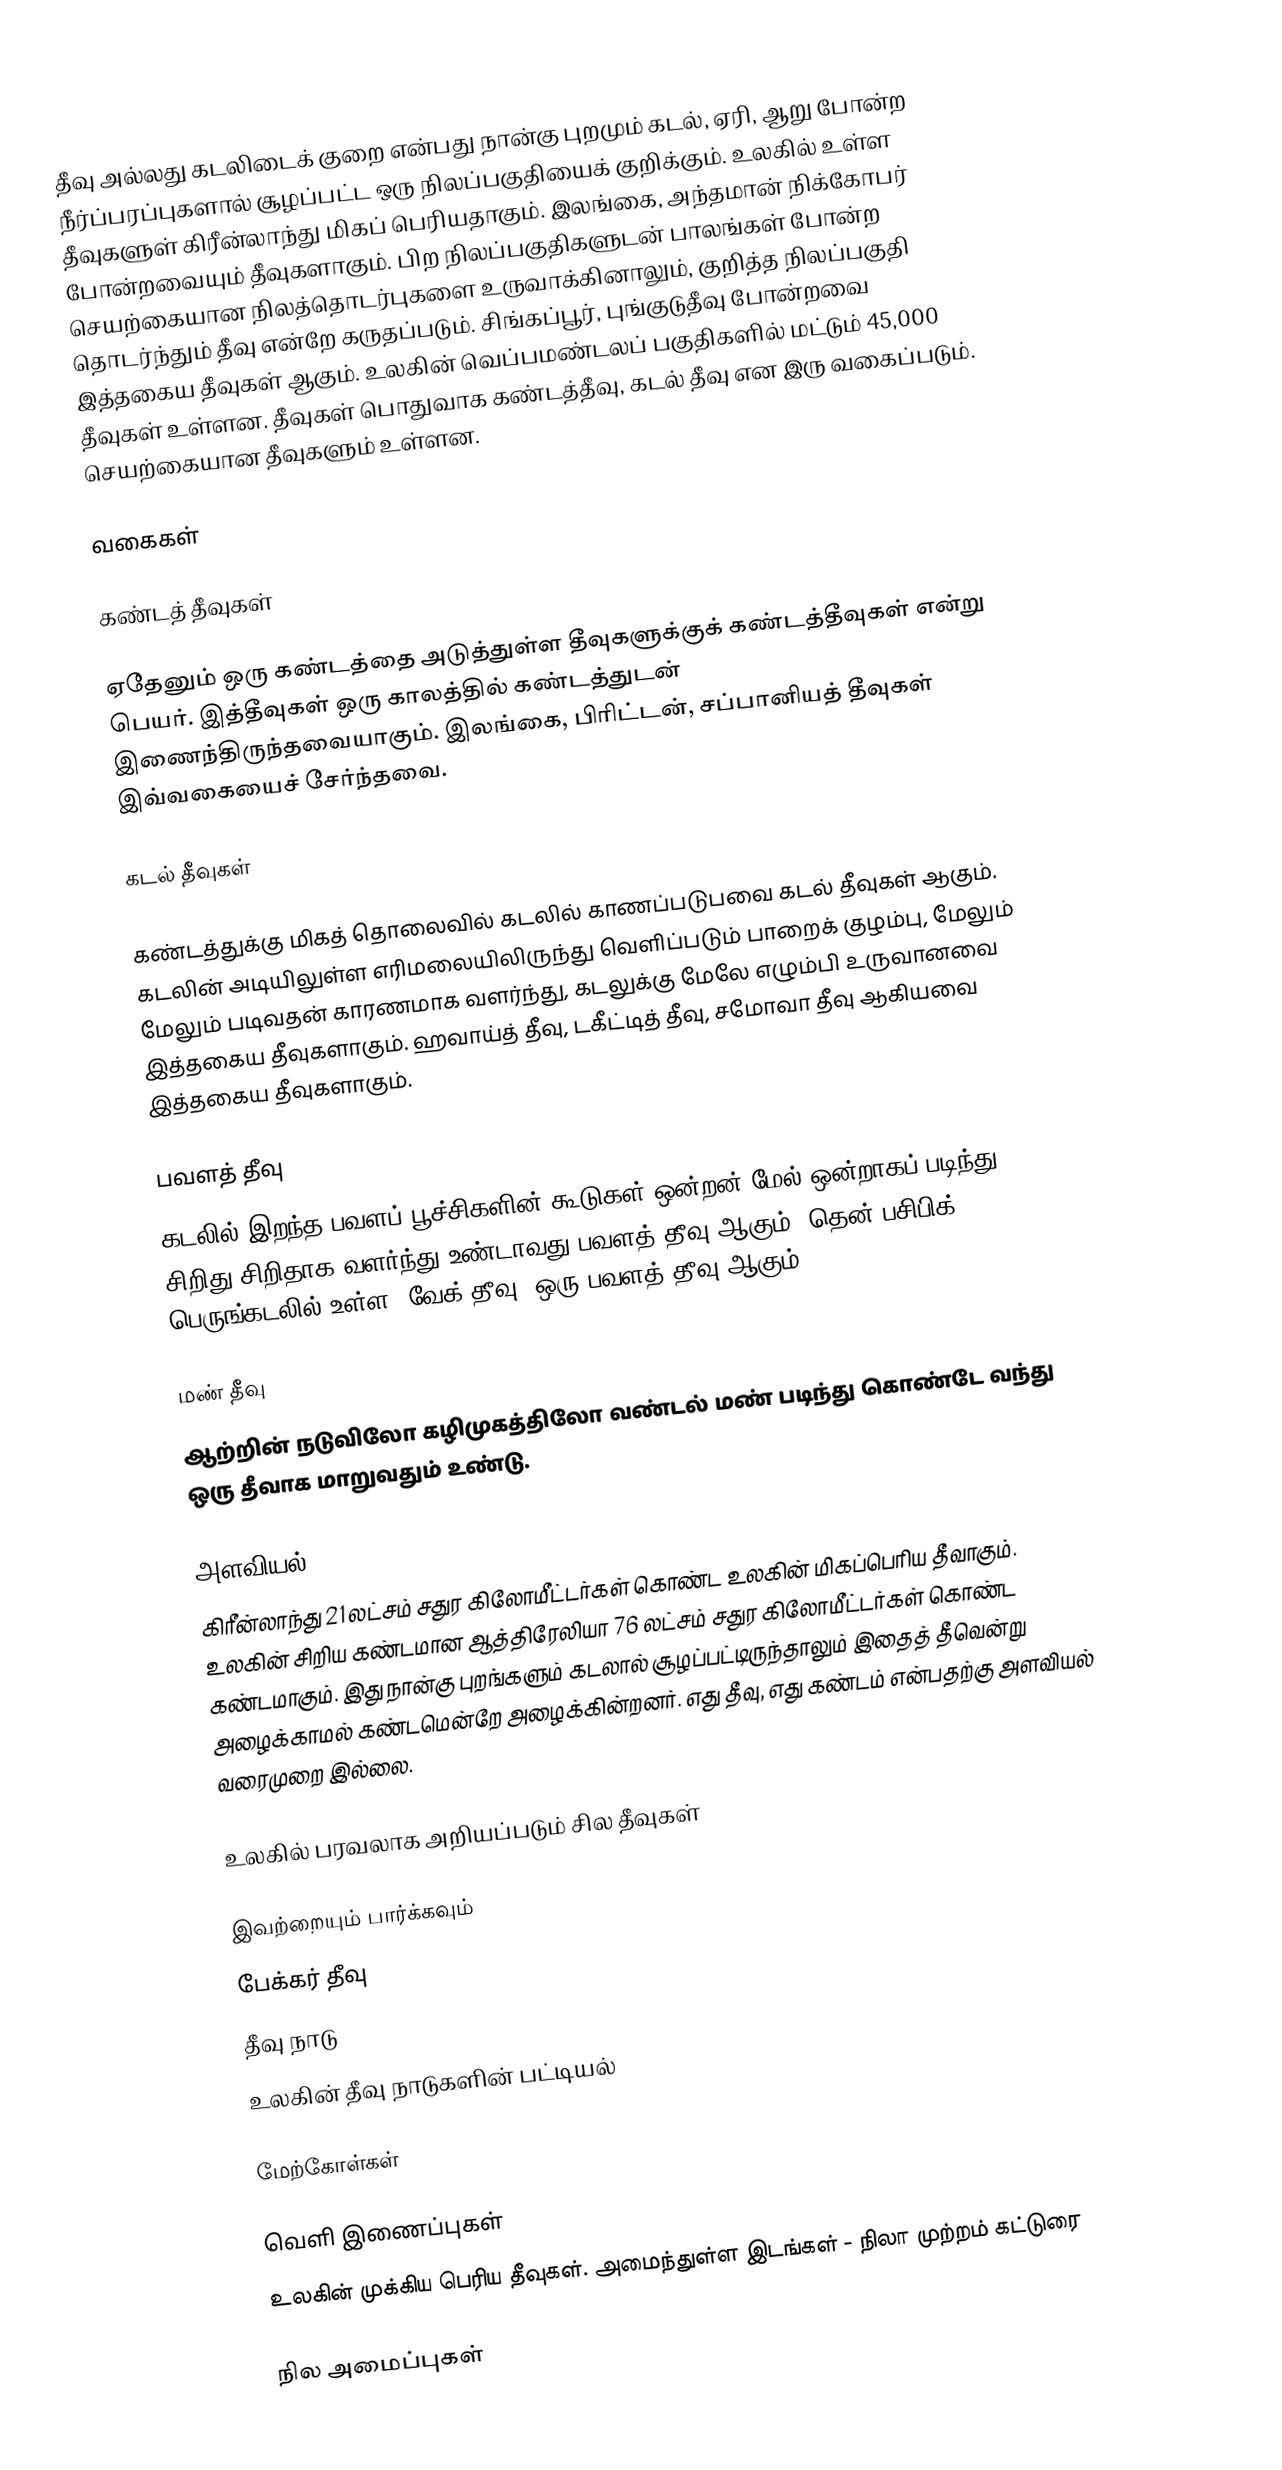
தீவு அல்லது கடலிடைக் குறை என்பது நான்கு புறமும் கடல், ஏரி, ஆறு போன்ற நீர்ப்பரப்புகளால் சூழப்பட்ட ஒரு நிலப்பகுதியைக் குறிக்கும். உலகில் உள்ள தீவுகளுள் கிரீன்லாந்து மிகப் பெரியதாகும். இலங்கை, அந்தமான் நிக்கோபர் போன்றவையும் தீவுகளாகும். பிற நிலப்பகுதிகளுடன் பாலங்கள் போன்ற செயற்கையான நிலத்தொடர்புகளை உருவாக்கினாலும், குறித்த நிலப்பகுதி தொடர்ந்தும் தீவு என்றே கருதப்படும். சிங்கப்பூர், புங்குடுதீவு போன்றவை இத்தகைய தீவுகள் ஆகும். உலகின் வெப்பமண்டலப் பகுதிகளில் மட்டும் 45,000 தீவுகள் உள்ளன. தீவுகள் பொதுவாக கண்டத்தீவு, கடல் தீவு என இரு வகைப்படும். செயற்கையான தீவுகளும் உள்ளன.

வகைகள்

கண்டத் தீவுகள்

 ஏதேனும் ஒரு கண்டத்தை அடுத்துள்ள தீவுகளுக்குக் கண்டத்தீவுகள் என்று பெயர். இத்தீவுகள் ஒரு காலத்தில் கண்டத்துடன் இணைந்திருந்தவையாகும். இலங்கை, பிரிட்டன், சப்பானியத் தீவுகள் இவ்வகையைச் சேர்ந்தவை.

கடல் தீவுகள்

கண்டத்துக்கு மிகத் தொலைவில் கடலில் காணப்படுபவை கடல் தீவுகள் ஆகும். கடலின் அடியிலுள்ள எரிமலையிலிருந்து வெளிப்படும் பாறைக் குழம்பு, மேலும் மேலும் படிவதன் காரணமாக வளர்ந்து, கடலுக்கு மேலே எழும்பி உருவானவை இத்தகைய தீவுகளாகும். ஹவாய்த் தீவு, டகீட்டித் தீவு, சமோவா தீவு ஆகியவை இத்தகைய தீவுகளாகும்.

பவளத் தீவு
கடலில் இறந்த பவளப் பூச்சிகளின் கூடுகள் ஒன்றன் மேல் ஒன்றாகப் படிந்து சிறிது சிறிதாக வளர்ந்து உண்டாவது பவளத் தீவு ஆகும். தென் பசிபிக் பெருங்கடலில் உள்ள 'வேக் தீவு' ஒரு பவளத் தீவு ஆகும்.

மண் தீவு
ஆற்றின் நடுவிலோ கழிமுகத்திலோ வண்டல் மண் படிந்து கொண்டே வந்து ஒரு தீவாக மாறுவதும் உண்டு.

அளவியல்
கிரீன்லாந்து 21 லட்சம் சதுர கிலோமீட்டர்கள் கொண்ட உலகின் மிகப்பெரிய தீவாகும். உலகின் சிறிய கண்டமான ஆத்திரேலியா 76 லட்சம் சதுர கிலோமீட்டர்கள் கொண்ட கண்டமாகும். இது நான்கு புறங்களும் கடலால் சூழப்பட்டிருந்தாலும் இதைத் தீவென்று அழைக்காமல் கண்டமென்றே அழைக்கின்றனர். எது தீவு, எது கண்டம் என்பதற்கு அளவியல் வரைமுறை இல்லை.

உலகில் பரவலாக அறியப்படும் சில தீவுகள்

இவற்றையும் பார்க்கவும்
 பேக்கர் தீவு
 தீவு நாடு
 உலகின் தீவு நாடுகளின் பட்டியல்

மேற்கோள்கள்

வெளி இணைப்புகள்
 உலகின் முக்கிய பெரிய தீவுகள். அமைந்துள்ள இடங்கள் - நிலா முற்றம் கட்டுரை

நில அமைப்புகள்